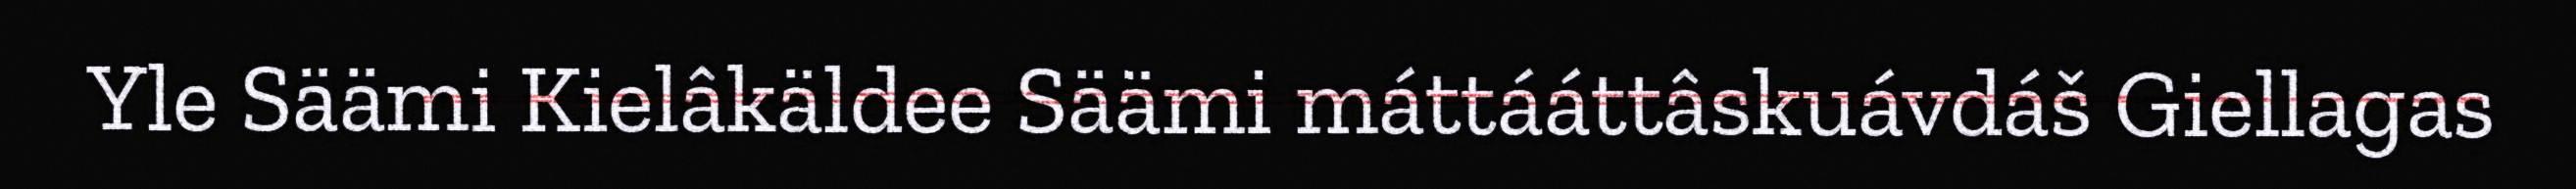
Yle Säämi Kielâkäldee Säämi máttááttâskuávdáš Giellagas